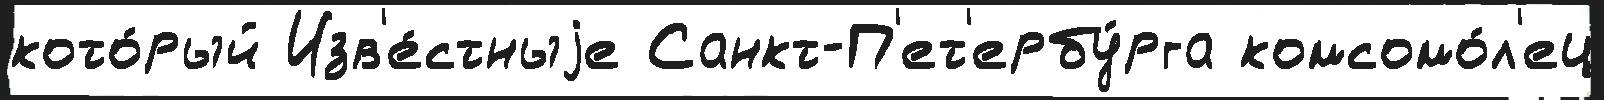
кото́рый Изв'е́стныjе Санкт-П'ет'ербу́рга комсомо́л'ец